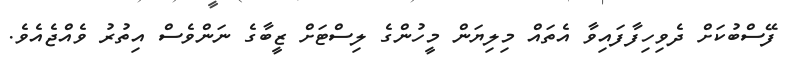
ފޭސްބުކަށް ދެވިހިފާފައިވާ އެތައް މިލިޔަން މީހުންގެ ލިސްޓަށް ޒީބާގެ ނަންވެސް އިތުރު ވެއްޖެއެވެ.